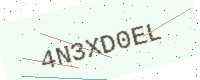
Text: 4N3XD0EL